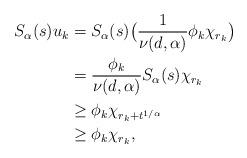
LaTeX: \begin{align*}S_{\alpha}(s)u_{k}&=S_{\alpha}(s)\big(\frac{1}{\nu(d,\alpha)}\phi_{k}\chi_{r_{k}}\big)\\&=\frac{\phi_{k}}{\nu(d,\alpha)}S_{\alpha}(s)\chi_{r_{k}}\\&\geq \phi_{k}\chi_{r_{k}+t^{1/\alpha}}\\&\geq \phi_{k}\chi_{r_{k}},\end{align*}